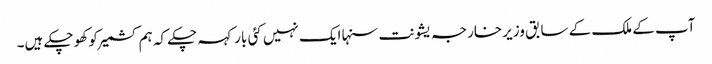
آپ کے ملک کے سابق وزیر خارجہ یشونت سنہا ایک نہیں کئی بار کہہ چکے کہ ہم کشمیر کو کھو چکے ہیں۔